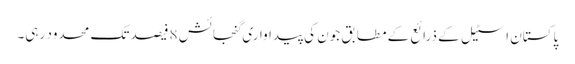
پاکستان اسٹیل کے ذرائع کے مطابق جون کی پیداواری گنجائش 8فیصد تک محدود رہی۔